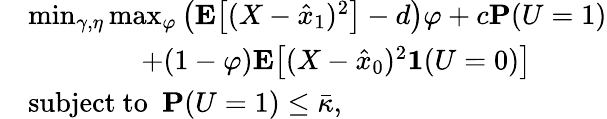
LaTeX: \begin{array}{rl}&{\operatorname*{min}_{\gamma,\eta}\operatorname*{max}_{\varphi}\left(\mathbf{E}\big[(X-\hat{x}_{1})^{2}\big]-d\right)\varphi+c\mathbf{P}(U=1)}\\ &{\qquad\qquad+(1-\varphi)\mathbf{E}\big[(X-\hat{x}_{0})^{2}\mathbf{1}(U=0)\big]}\\ &{\mathrm{subject~to~~}\mathbf{P}(U=1)\le\bar{\kappa},}\end{array}